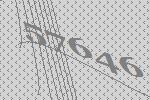
57646